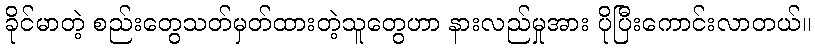
ခိုင်မာတဲ့ စည်းတွေသတ်မှတ်ထားတဲ့သူတွေဟာ နားလည်မှုအား ပိုပြီးကောင်းလာတယ်။